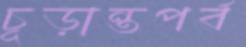
চূড়ান্তপর্ব